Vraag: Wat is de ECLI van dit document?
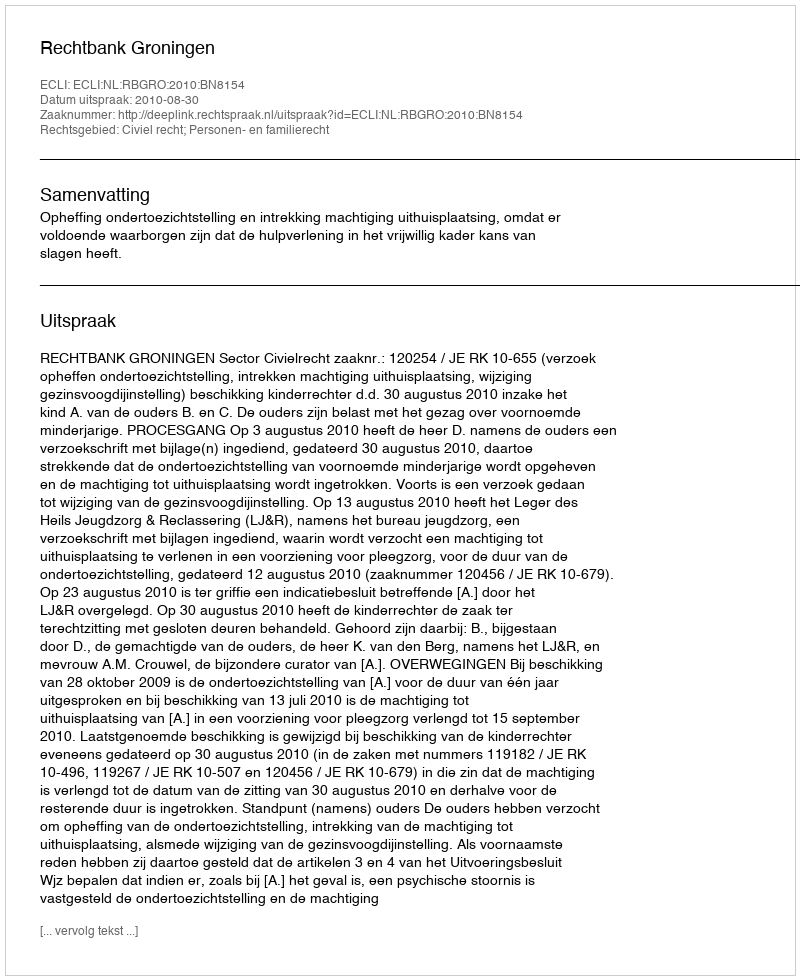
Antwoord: ECLI:NL:RBGRO:2010:BN8154